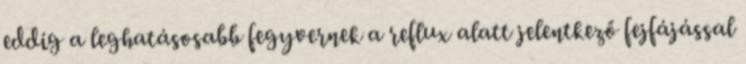
eddig a leghatásosabb fegyvernek a reflux alatt jelentkező fejfájással